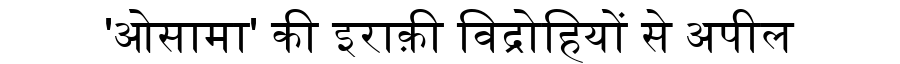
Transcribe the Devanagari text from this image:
'ओसामा' की इराक़ी विद्रोहियों से अपील